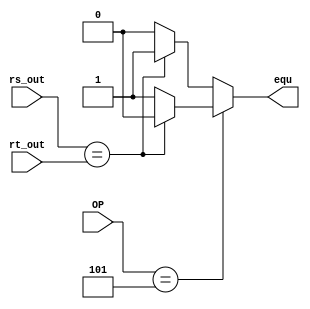
`timescale 1ns / 1ps
//////////////////////////////////////////////////////////////////////////////////
// Company: 
// Engineer: 
// 
// Design Name: 
// Module Name:    equal 
// Project Name: 
// Target Devices: 
// Tool versions: 
// Description: 
//
// Dependencies: 
//
// Revision: 
// Revision 0.01 - File Created
// Additional Comments: 
//
//////////////////////////////////////////////////////////////////////////////////
module equal(rs_out,rt_out,OP,equ
    );
	 input [31:0]rs_out;
	 input [31:0]rt_out;
	 input [5:0]OP;
	 output  equ;
	 
	 assign equ=(OP==5)?((rs_out==rt_out)?(1'b0):(1'b1)):((rs_out==rt_out)?(1'b1):(1'b0)); //OP==5 means it's bne
	 
endmodule